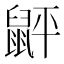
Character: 䶄